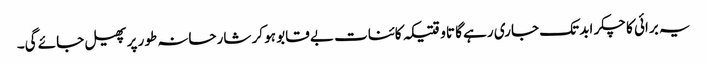
یہ برائی کا چکر ابد تک جاری رہے گا تاوقتیکہ کائنات بے قابو ہو کر شارحانہ طور پر پھیل جائے گی۔